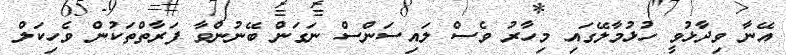
އޭނާ ވިދާޅުވީ ހުޅުމާލޭގައި މިހާރު ވެސް ލައިސަންސް ނަގަން ބޭނުންވާ ފަރާތްތަކުން ވެހިކަލް